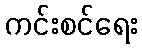
ကင်းစင်ရေး